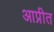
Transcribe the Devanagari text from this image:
आप्रीत